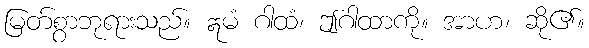
မြတ်စွာဘုရားသည်။ ဣမံ ဂါထံ၊ ဤဂါထာကို။ အာဟ၊ ဆို၏။